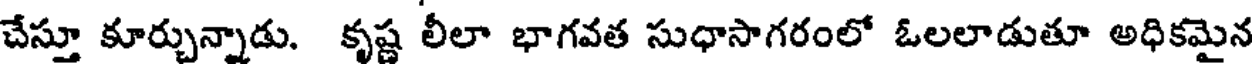
చేస్తూ కూర్చున్నాడు. కృష్ణ లీలా భాగవత సుధాసాగరంలో ఓలలాడుతూ అధికమైన